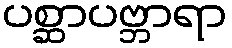
ပစ္ဆာပဗ္ဘာရာ